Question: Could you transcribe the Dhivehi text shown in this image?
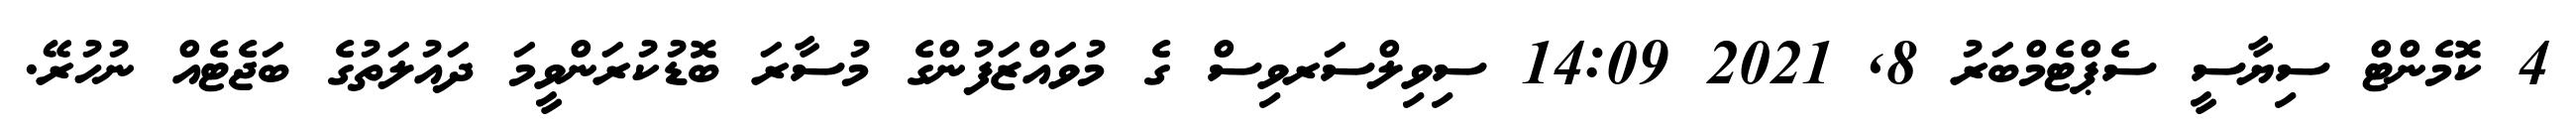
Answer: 4 ކޮމެންޓް ސިޔާސީ ސެޕްޓެމްބަރު 8, 2021 14:09 ސިވިލްސަރވިސް ގެ މުވައްޒަފުންގެ މުސާރަ ބޮޑުކުރަންވީމަ ދައުލަތުގެ ބަޖެޓެއް ނުހުރޭ.